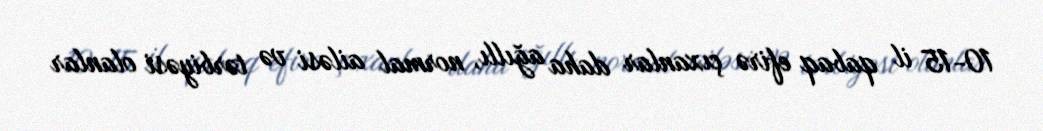
10-15 il qabaq efirə çıxanlar daha ağıllı, normal ailəsi və tərbiyəsi olanlar